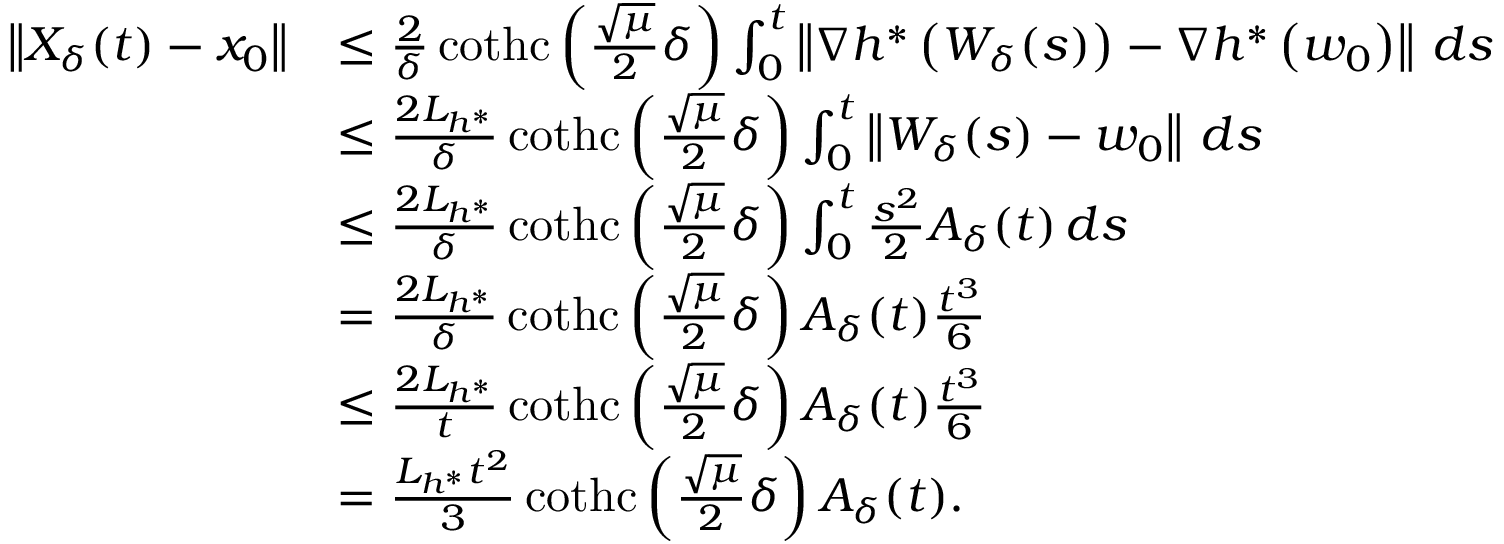
\begin{array} { r l } { \left\Vert X _ { \delta } ( t ) - x _ { 0 } \right\Vert } & { \leq \frac { 2 } { \delta } \operatorname { c o t h c } \left( \frac { \sqrt { \mu } } { 2 } \delta \right) \int _ { 0 } ^ { t } \left\Vert \nabla h ^ { * } \left( W _ { \delta } ( s ) \right) - \nabla h ^ { * } \left( w _ { 0 } \right) \right\Vert \, d s } \\ & { \leq \frac { 2 L _ { h ^ { * } } } { \delta } \operatorname { c o t h c } \left( \frac { \sqrt { \mu } } { 2 } \delta \right) \int _ { 0 } ^ { t } \left\Vert W _ { \delta } ( s ) - w _ { 0 } \right\Vert \, d s } \\ & { \leq \frac { 2 L _ { h ^ { * } } } { \delta } \operatorname { c o t h c } \left( \frac { \sqrt { \mu } } { 2 } \delta \right) \int _ { 0 } ^ { t } \frac { s ^ { 2 } } { 2 } A _ { \delta } ( t ) \, d s } \\ & { = \frac { 2 L _ { h ^ { * } } } { \delta } \operatorname { c o t h c } \left( \frac { \sqrt { \mu } } { 2 } \delta \right) A _ { \delta } ( t ) \frac { t ^ { 3 } } { 6 } } \\ & { \leq \frac { 2 L _ { h ^ { * } } } { t } \operatorname { c o t h c } \left( \frac { \sqrt { \mu } } { 2 } \delta \right) A _ { \delta } ( t ) \frac { t ^ { 3 } } { 6 } } \\ & { = \frac { L _ { h ^ { * } } t ^ { 2 } } { 3 } \operatorname { c o t h c } \left( \frac { \sqrt { \mu } } { 2 } \delta \right) A _ { \delta } ( t ) . } \end{array}